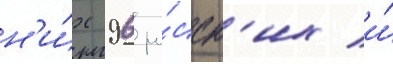
н'и́х 96 ру́сск'их и́